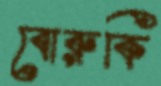
বোরুকি